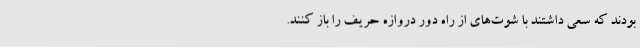
بودند که سعی داشتند با شوت‌های از راه دور دروازه حریف را باز کنند.